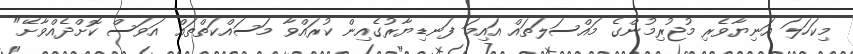
މިކަހަލަ އަނިޔާވެރި މުޖުރިމުންގެ މައްސަލަތައް އައިމަ ފަނޑިޔާރުގެއިން ކުރައްވާ މަސައްްކަތްތައް އަވަސް ކޮށްދެއްވާށޭ"